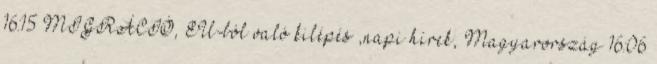
16:15 MIGRÁCIÓ, EU-ból való kilépés ,napi hírek, Magyarország 16:06